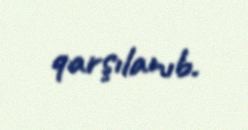
qarşılanıb.